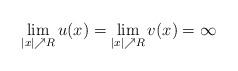
LaTeX: \begin{align*} \lim\limits_{|x|\nearrow R}u(x)= \lim\limits_{|x|\nearrow R}v(x)=\infty\end{align*}